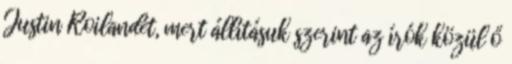
Justin Roilandét, mert állításuk szerint az írók közül ő